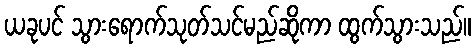
ယခုပင် သွားရောက်သုတ်သင်မည်ဆိုကာ ထွက်သွားသည်။